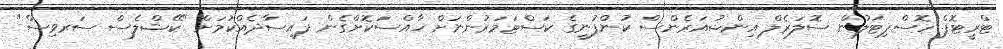
ޓްރީޓޮޕް ހޮސްޕިޓަލުން ސޮލަރެލް އިންޝުއަރެންސް ކުންފުނީގެ ކަސްޓަމަރުންނަށް ޚާއްސަކޮށްގެން ފައިސާދެއްކުމަށް "ކޭޝްލެސް ސަރވިސް"